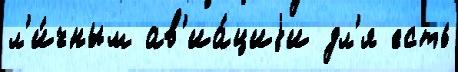
л'и́чным ав'иа́циjи дл'я есть